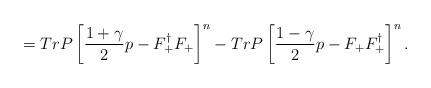
LaTeX: \begin{align*}= Tr P\left[\frac{1+\gamma}{2}p - F_+^{\dagger}F_+ \right]^n - Tr P\left[\frac{1-\gamma}{2}p - F_+ F_+^{\dagger} \right]^n.\end{align*}